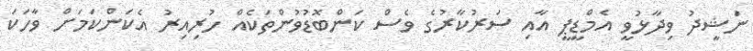
ނަޝީދު ވިދާޅުވީ އެމްޑީޕީ އާއި ސަރުކާރުގެ ވެސް ކަންބޮޑުވުންތަކެއް ހުރިއިރު އެކަންކަމަށް ވާހަކަ